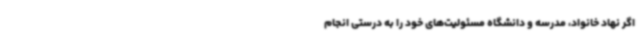
اگر نهاد خانواد، مدرسه و دانشگاه مسئولیت‌های خود را به درستی انجام